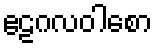
ဧဠဂလဝါစော